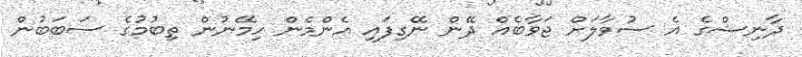
ދާނިޝްގެ އެ ސުވާލަށް ޖަވާބެއް ދޭން ނޭގިފައި އެންމެން ހިމޭނުން ތިބުމުގެ ސަބަބުން